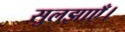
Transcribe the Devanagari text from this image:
सुलझाएँ।